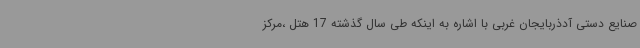
صنایع دستی آدذربایجان غربی با اشاره به اینکه طی سال گذشته 17 هتل ،مرکز